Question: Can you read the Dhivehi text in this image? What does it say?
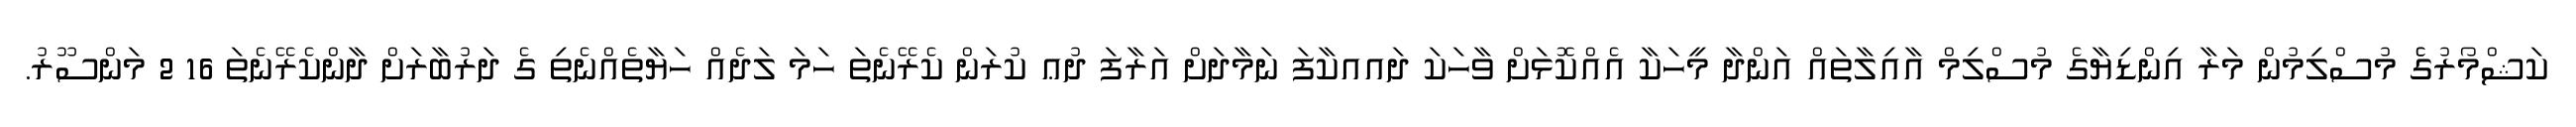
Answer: ކަޝްމޯރުގެެ މުސްލިމުން މަރާ އިންޑިޔާގެ މުސްލިމް އާއިލާތައް އަންދާ މީހަކާ އެއްކޮޅަށް ވާހަކަ ދައއކާފަ ނަމާދަށް އަރާފަ ދުޢ ކުރަން ކެރޭނެތަ ހަމަ ލަދެއް ހަޔާތެއްނެތި ގެ ދަރުބާރަށް ދާންކެރޭނެތަ 16 2 މަންސޫރު.